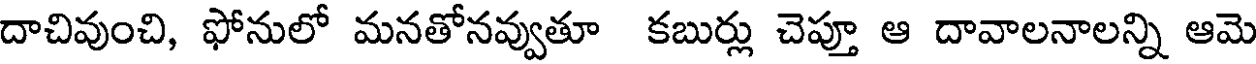
దాచివుంచి, ఫోనులో మనతోనవ్వుతూ కబుర్లు చెప్తూ ఆ దావాలనాలన్ని ఆమె